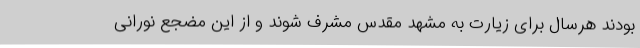
بودند هرسال برای زیارت به مشهد مقدس مشرف شوند و از این مضجع نورانی